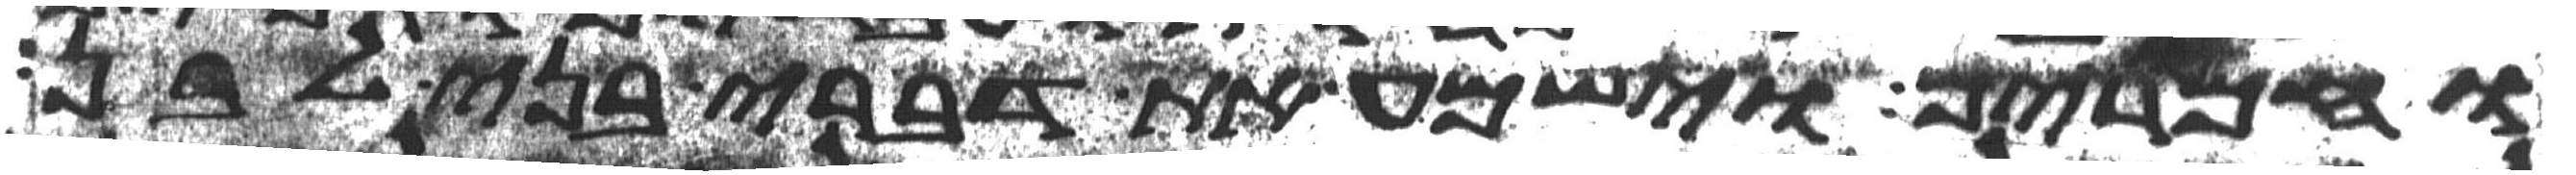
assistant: וחמרים וישמע את דברי בני לבן